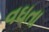
વઘતા